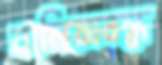
বালিয়াবন্ধ